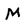
Character: M